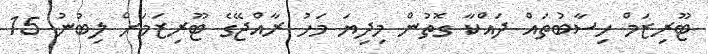
ޓޫރިޒަމް ހިސާބުތައް ދައްކާ ގޮތުން މިދިޔަ މަހު ރާއްޖޭގެ ޓޫރިޒަމަށް ލިބުނު 15